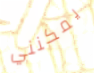
يمكنني